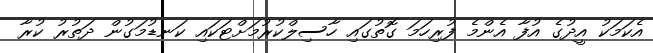
އެކަމަކު އީދުގެ އުފާ އެންމެ ފުރިހަމަ ގޮތުގައި ހާސިލްކުރުމަށްޓަކައި ކަނޑުމަގުން ދަތުރު ކުރާ